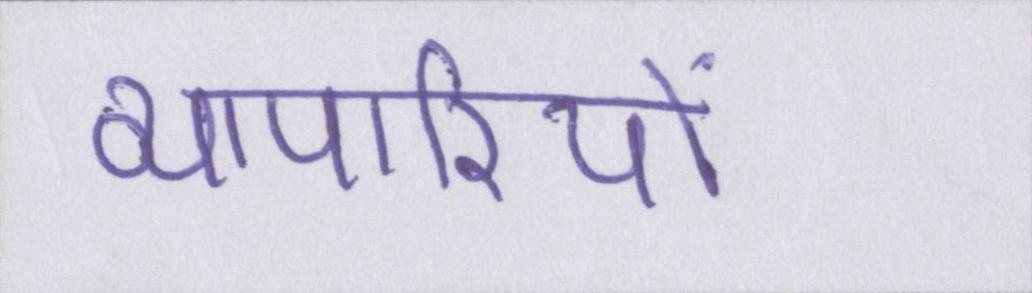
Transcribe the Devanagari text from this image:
व्यापारियों